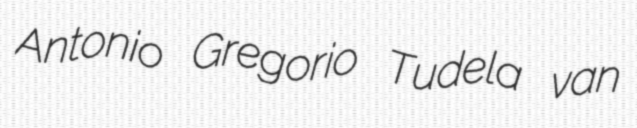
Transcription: Antonio Gregorio Tudela van